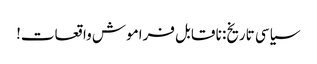
سیاسی تاریخ: نا قابل فراموش واقعات!